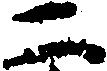
二